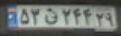
۵۳ق۲۴۴۲۹